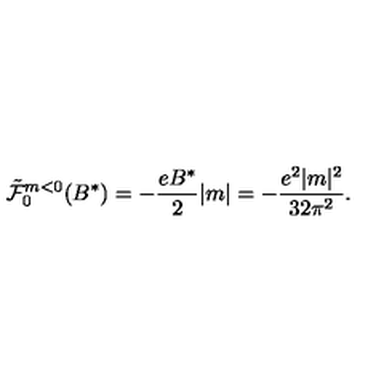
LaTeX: { \tilde { \cal { F } } } _ { 0 } ^ { m < 0 } ( B ^ { * } ) = - \frac { e B ^ { * } } { 2 } | m | = - \frac { e ^ { 2 } | m | ^ { 2 } } { 3 2 \pi ^ { 2 } } .